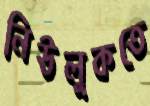
নিউলুকতে